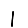
Digit: 1